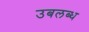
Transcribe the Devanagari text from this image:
उबलब्ध